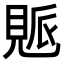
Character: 𧡒